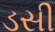
ડસી